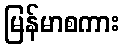
မြန်မာစကား